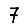
Digit: 7